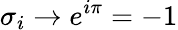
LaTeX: \sigma_{i}\rightarrow e^{i\pi}=-1